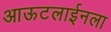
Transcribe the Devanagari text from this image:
आऊटलाईनला